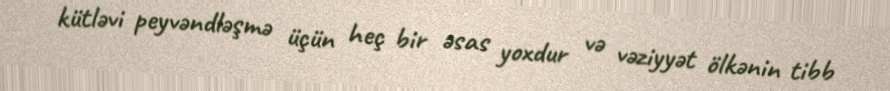
kütləvi peyvəndləşmə üçün heç bir əsas yoxdur və vəziyyət ölkənin tibb